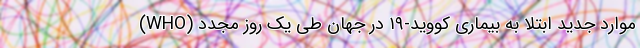
(WHO) موارد جدید ابتلا به بیماری کووید-۱۹ در جهان طی یک روز مجدد